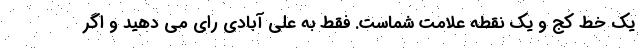
یک خط کج و یک نقطه علامت شماست. فقط به علی آبادی رای می دهید و اگر